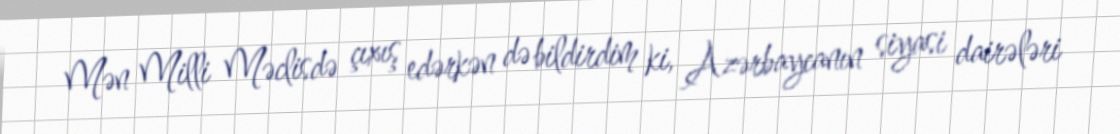
Mən Milli Məclisdə çıxış edərkən də bildirdim ki, Azərbaycanın siyasi dairələri